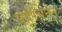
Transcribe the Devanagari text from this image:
पदरचनेत